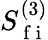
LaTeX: S_{\mathrm{~f~i~}}^{(3)}